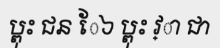
ប្ពុះ ជន ែ៦ ប្ពុះ វ្ា ជា